kultuurilooline_kollektsioon, lk 22
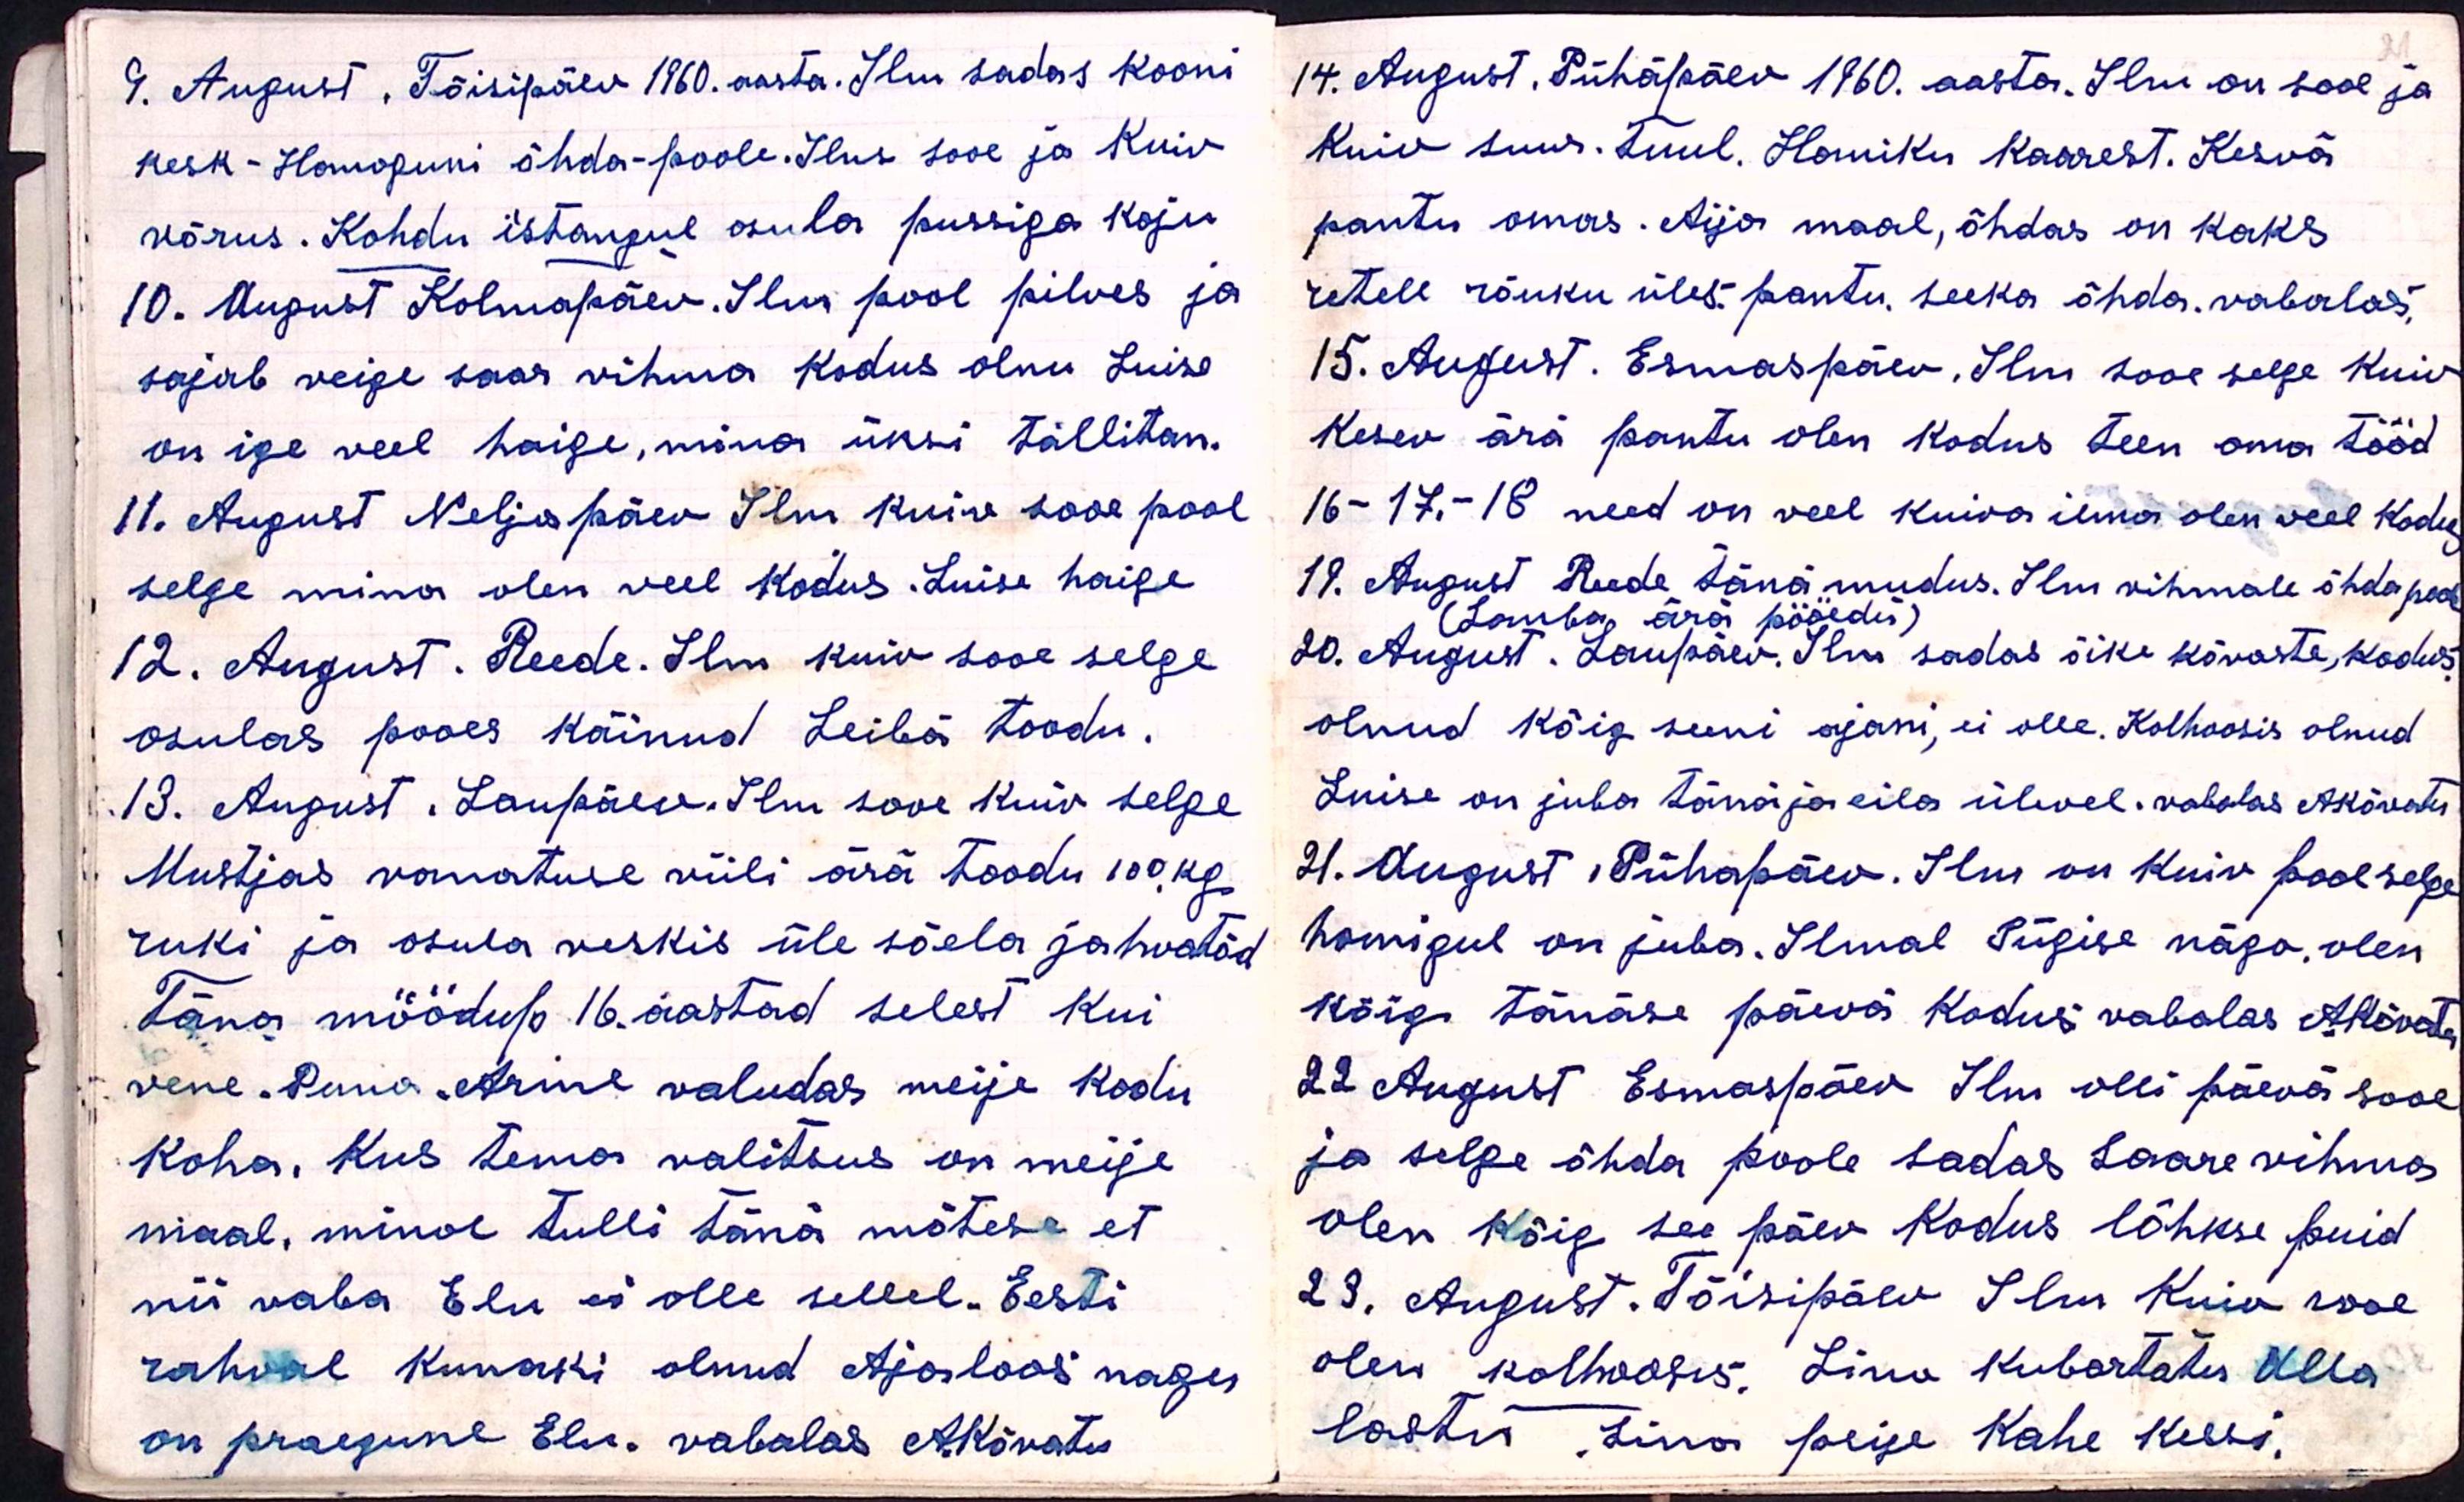
9. August, Tõisipäev 1960. aasta. Ilm sadas kooni
kesk - Homoguni õhda-poole. Ilus sooe ja kuiv
võrus. Kohdu istungul osula pussiga koju
10. August Kolmapäev. Ilm pool pilves ja
sajab veige saar vihma kodus olnu Luise
on ige veel haige, mina üksi tallitan.
11. August Neljapäev Ilm kuiva sooe pool
selge mina olen veel kodus. Luise haige
12. August. Reede. Ilm kuiv sooe selge
osulas pooes käinud Leibä toodu.
13. August. Laupäev. Ilm sooe Kuiv selge
Mustjas vanatuse viili ära toodu 100 kg.
ruki ja osula veskis üle sõela jahvatöd
Täna möödup 16. aastad sellest kui
vene. Puna-Arme valudas meije kodu
koha, kus tema valitsus on meije
maal. minol tulli tänä mõtese et
nii vaba Elu ei olle sellel. Eesti
rahval kunaki olnud Ajaloos nagu
on praegune Elu. vabalas AKõvatu

14. August. Pühapäev 1960. aasta. Ilm on sooe ja
kuiv suur. Tuul. Homiku kaarest. Kesvä
pantu omas. Aija maal, õhdas on kaks
retele rõuku üles pantu seeka õhda. vabalas.
15. August. Esmaspäev. Ilm sooe selge kuiv
kesev ärä pantu olen kodus teen oma tööd
16-17.-18 need on veel kuiva ilma olen veel kodu
19. August Reede tänä mudus. Ilm vihmale õhda pool
(Lamba, ärä pööedü)
20. August. Laupäev. Ilm sadas äike kõvaste, kodus
olnud kõig seeni ajani, ei olle. Kolhoosis olnud
Luise on juba tänä ja eila ülevel. vabalas AKõvatu
21. August Pühapäev. Ilus on kuiv pool selge
homigul on juba. Ilmal Sügise nägo. olen
kõig tänäse päevä kodus vabalas AKõvatu
22 August Esmaspäev Ilm olli päevä sooe
ja selge õhda poole sadas Laare vihma
olen kõig see päev kodus lõhkse puid
23. August. Tõisipäew Ilm kuiv sooe
olen kolhoosis, Lino Kubartatu Alla
lastu, Lino peije kahe kessi.